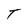
Character: T